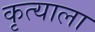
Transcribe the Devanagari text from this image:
कृत्याला